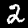
Label: 2